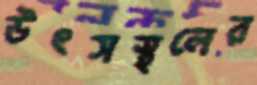
উৎসস্থলের